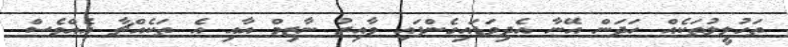
ތަހުލީލުތަކެއް ހަދަން އޭނާ އެދިވަޑައިގެންފައި ވާއިރު ނާޒިމް އާއި އެ ތަކެއްޗާ އެއްވެސް